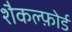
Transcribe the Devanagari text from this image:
शैकल्फ़ोर्ड